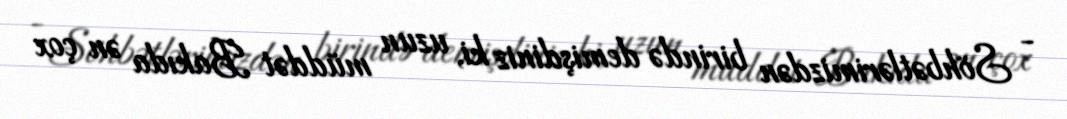
- Söhbətlərimizdən birində demişdiniz ki, uzun müddət Bakıda ən çox